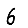
Digit: 6